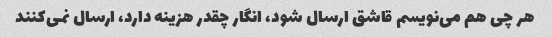
هر چی هم می‌نویسم قاشق ارسال شود، انگار چقدر هزینه دارد، ارسال نمی‌کنند